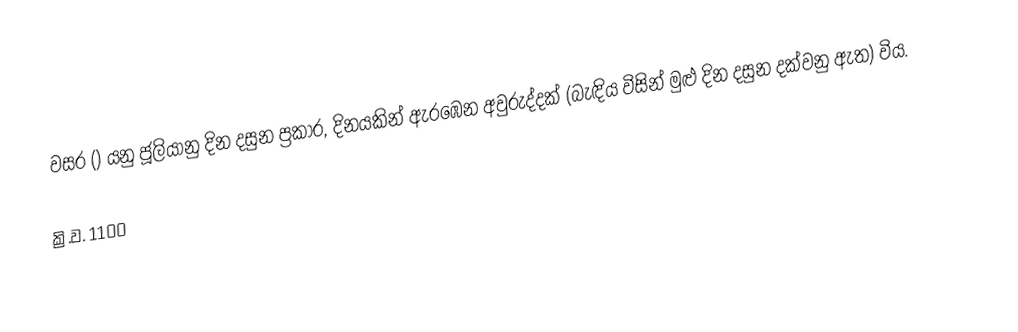

වසර   () යනු ජූලියානු දින දසුන ප්‍රකාර,    දිනයකින් ඇරඹෙන  අවුරුද්දක් (බැඳිය විසින් මුළු දින දසුන දක්වනු ඇත) විය.

ක්‍රි.ව. 1100